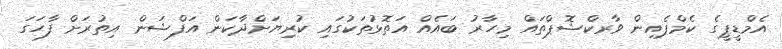
އެމްޑީޕީގެ ކެމްޕެއިން ވާރކްޝޮޕްތައް މިހާރު ބައެއް އަތޮޅުތަކުގައި ކުރިޔަށްދާކަން އަފްޝަން އިތުރަށް ފާހަގަ